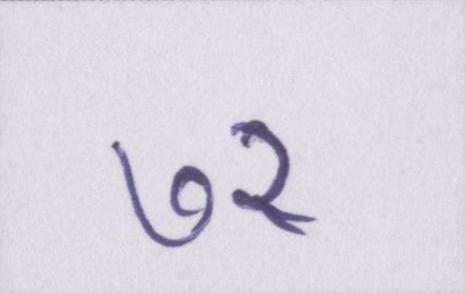
७२